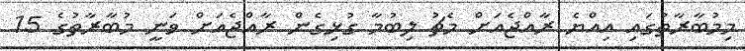
މިމުބާރާތުގައި އިއްޔެ ރާއްޖެއަށް މެޗު ލިބުމާ ގުޅިގެން ރާއްޖެއަށް ވަނީ މުބާރާތުގެ 15